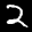
Label: 2